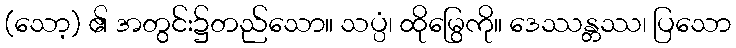
(သော့) ၏ အတွင်း၌တည်သော။ သပ္ပံ၊ ထိုမြွေကို။ ဒေဿန္တဿ၊ ပြသော